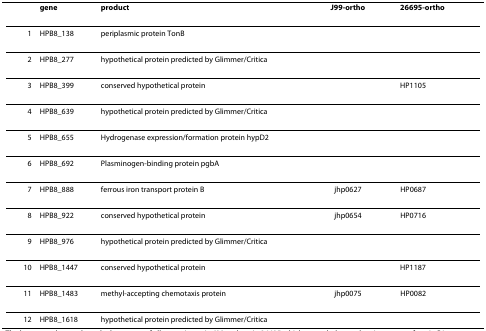
|  | gene | product | J99-ortho | 26695-ortho |
 | --- | --- | --- | --- | --- |
 | 1 | HPB8_138 | periplasmic protein TonB |  |  |
 | 2 | HPB8_277 | hypothetical protein predicted by Glimmer/Critica |  |  |
 | 3 | HPB8_399 | conserved hypothetical protein |  | HP1105 |
 | 4 | HPB8_639 | hypothetical protein predicted by Glimmer/Critica |  |  |
 | 5 | HPB8_655 | Hydrogenase expression/formation protein hypD2 |  |  |
 | 6 | HPB8_692 | Plasminogen-binding protein pgbA |  |  |
 | 7 | HPB8_888 | ferrous iron transport protein B | jhp0627 | HP0687 |
 | 8 | HPB8_922 | conserved hypothetical protein | jhp0654 | HP0716 |
 | 9 | HPB8_976 | hypothetical protein predicted by Glimmer/Critica |  |  |
 | 10 | HPB8_1447 | conserved hypothetical protein |  | HP1187 |
 | 11 | HPB8_1483 | methyl-accepting chemotaxis protein | jhp0075 | HP0082 |
 | 12 | HPB8_1618 | hypothetical protein predicted by Glimmer/Critica |  |  |